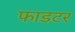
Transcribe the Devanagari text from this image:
फाडटर